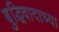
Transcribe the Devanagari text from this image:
बुद्धिवादाच्या